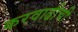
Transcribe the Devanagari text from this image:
करवाढीची